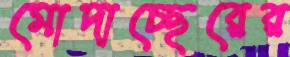
মোদাচ্ছেরের